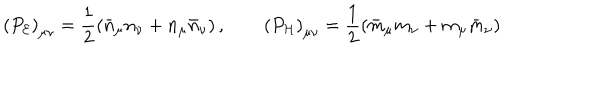
LaTeX: \left( P _ { \cal E } \right) _ { \mu \nu } = \frac { 1 } { 2 } \left( \bar { n } _ { \mu } n _ { \nu } + n _ { \mu } \bar { n } _ { \nu } \right) , \qquad \left( P _ { \cal H } \right) _ { \mu \nu } = \frac { 1 } { 2 } \left( \bar { m } _ { \mu } m _ { \nu } + m _ { \mu } \bar { m } _ { \nu } \right)